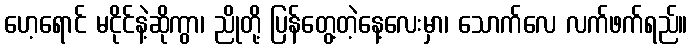
ဟေ့ရောင် မငိုင်နဲ့ဆိုကွာ၊ ညိုတို့ ပြန်တွေ့တဲ့နေ့လေးမှာ၊ သောက်လေ လက်ဖက်ရည်။